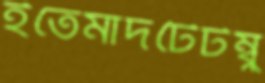
ইতেমাদটৈটম্বু